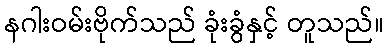
နဂါးဝမ်းဗိုက်သည် ခုံးခွံနှင့် တူသည်။